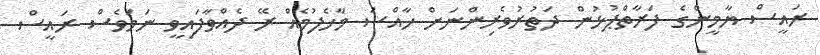
ރައީސް ޔާމީންގެ ފަރާތްޕުޅުން ދަތުރުވެރިންނަށް ހާއްސަ މާހެފުމެއް ރޭ ދެއްވާފައިވީ ނަމަވެސް ރައީސް